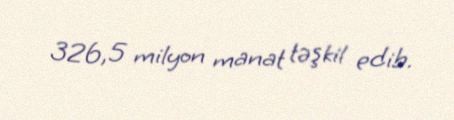
326,5 milyon manat təşkil edib.